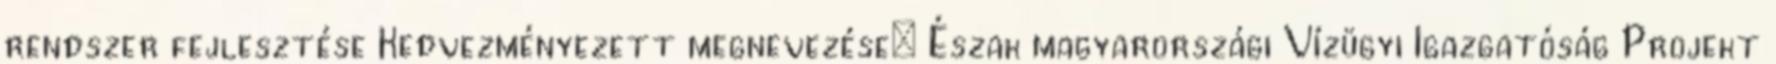
rendszer fejlesztése Kedvezményezett megnevezése: Észak magyarországi Vízügyi Igazgatóság Projekt